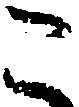
こ